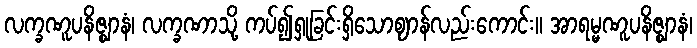
လက္ခဏူပနိဇ္ဈာနံ၊ လက္ခဏာသို့ ကပ်၍ရှုခြင်းရှိသောဈာန်လည်းကောင်း။ အာရမ္မဏူပနိဇ္ဈာနံ၊